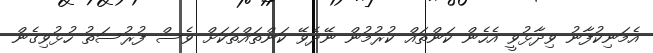
އެމަނިކުފާނު ވިދާޅުވީ އެހެން ކަންތައް ކުރުމުން ނޭދެވޭ ކަންތައްތަކަށް ވެސް ފުރުސަތު ހުޅުވިގެން